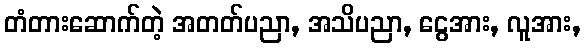
တံတားဆောက်တဲ့ အတတ်ပညာ, အသိပညာ, ငွေအား, လူအား,